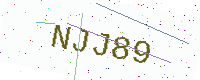
Text: NJJ89